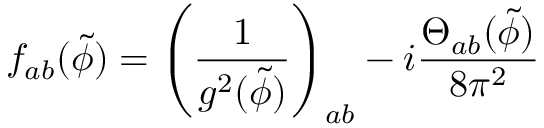
f _ { a b } ( { \tilde { \phi } } ) = \left( \frac { 1 } { g ^ { 2 } ( { \tilde { \phi } } ) } \right) _ { a b } - i \frac { { \Theta } _ { a b } ( { \tilde { \phi } } ) } { 8 { \pi } ^ { 2 } }